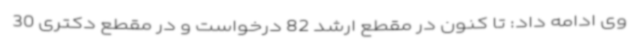
وی ادامه داد: تا کنون در مقطع ارشد 82 درخواست و در مقطع دکتری 30